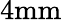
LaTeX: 4\mathrm{mm}